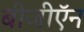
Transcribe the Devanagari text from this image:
बीजीऍन